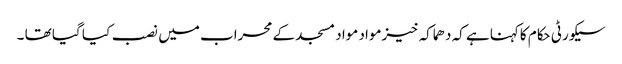
سیکورٹی حکام کاکہنا ہے کہ دھماکہ خیزمواد مواد مسجد کے محراب میں نصب کیا گیا تھا ۔